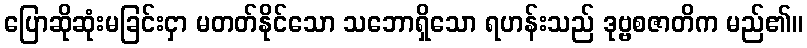
ပြောဆိုဆုံးမခြင်းငှာ မတတ်နိုင်သော သဘောရှိသော ရဟန်းသည် ဒုဗ္ဗစဇာတိက မည်၏။